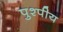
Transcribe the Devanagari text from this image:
पुश्पीय